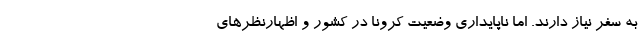
به سفر نیاز دارند. اما ناپایداری وضعیت کرونا در کشور و اظهارنظرهای